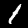
Label: 1